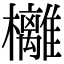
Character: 㰚